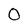
Character: 0